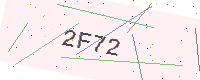
Text: 2F72